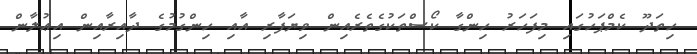
ހިތަދޫ ކެމްޕަހުގައި މިފަހަރު ހިންގާ ކޯސްތަކުގެތެރެއިން ވިޔަފާރި އާއި ހިންގުމުގެ ދާއިރާއިން އިޢުލާން